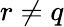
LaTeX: r\neq q